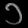
Digit: ၁